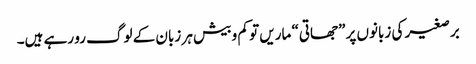
برصغیر کی زبانوں پر ”جھاتی“ ماریں تو کم و بیش ہر زبان کے لوگ رو رہے ہیں۔